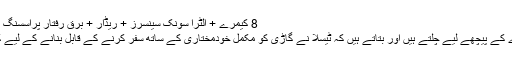
8 کیمرے + الٹرا سونک سینسرز + ریڈار + برق رفتار پراسسنگ = مکمل خودمختاری
اب آئیے آپ کو پردے کے پیچھے لیے چلتے ہیں اور بتاتے ہیں کہ ٹیسلا نے گاڑی کو مکمل خودمختاری کے ساتھ سفر کرنے کے قابل بنانے کے لیے کیا کچھ انجام دیا ہے۔